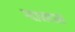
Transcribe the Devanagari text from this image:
ग्यानदास